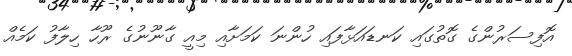
އޮފިސަރުންގެ ގޮތުގައި ކަނޑައަޅާފައި ހުންނަ ކަމަށާއި މިއީ ގާނޫނުގެ ރޫހާ ހިލާފު ކަމެއް